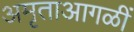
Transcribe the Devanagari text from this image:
अमृताआगळीं